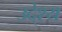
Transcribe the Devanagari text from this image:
उदे्श्य